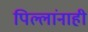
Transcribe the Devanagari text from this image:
पिल्लांनाही